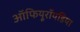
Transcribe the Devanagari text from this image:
ऑफियूरॉयडिया